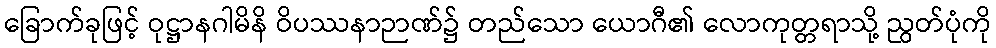
ခြောက်ခုဖြင့် ဝုဋ္ဌာနဂါမိနိ ဝိပဿနာဉာဏ်၌ တည်သော ယောဂီ၏ လောကုတ္တရာသို့ ညွတ်ပုံကို